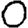
Digit: 0